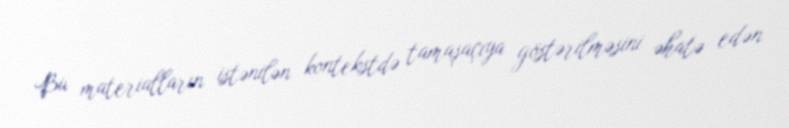
Bu materialların istənilən kontekstdə tamaşaçıya göstərilməsini əhatə edən